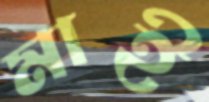
মাই